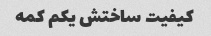
کیفیت ساختش یکم کمه